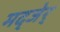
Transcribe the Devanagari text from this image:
मद्जेर्